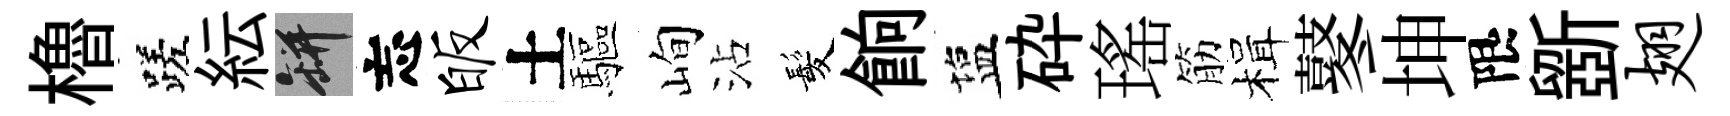
櫓蹉紜瓶忘皈土驅峋沾髪餉塩砕瑤筋楫鼕坤限斵翅